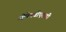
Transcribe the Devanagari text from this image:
ओपेनबीएसडी